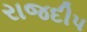
રાજદીપ